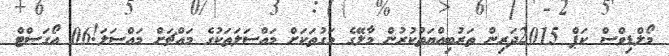
މޯލްޑިވްސް ކަޕް 2015ދަރިން ތަރުބިއްޔަތުކުރުން މާލޭގެ މަގުތަކަށް މައްސަލަތަކުގެ މައްޗަށް މައްސަލަ!06 އޯގަސްޓް